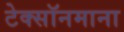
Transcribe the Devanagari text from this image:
टेक्सॉनमाना